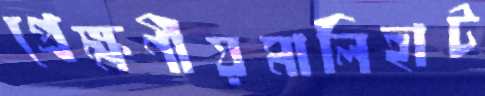
প্রেক্ষণীয়মালিহাট